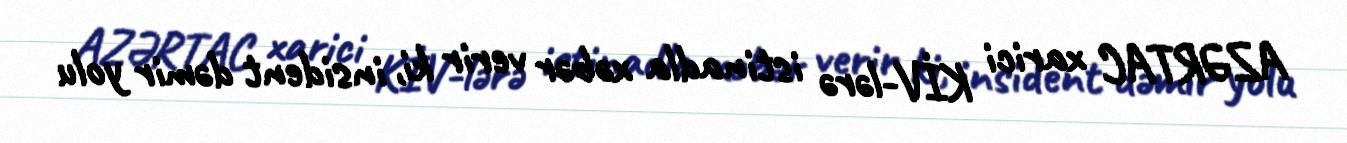
AZƏRTAC xarici KİV-lərə istinadla xəbər verir ki, insident dəmir yolu